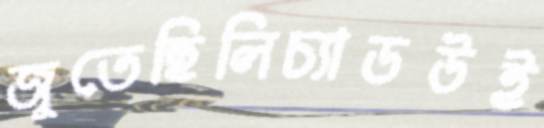
জুতেছিলিচ্যাডউই